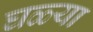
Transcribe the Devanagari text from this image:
घळ्या